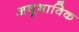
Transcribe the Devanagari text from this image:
अनुभाविक